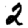
Digit: 2